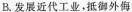
B.发展近代工业，抵御外侮